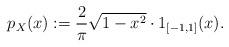
LaTeX: \begin{align*} p_X(x) := \frac{2}{\pi} \sqrt{1-x^2} \cdot 1_{[-1,1]}(x).\end{align*}